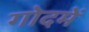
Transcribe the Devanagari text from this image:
गोदमें